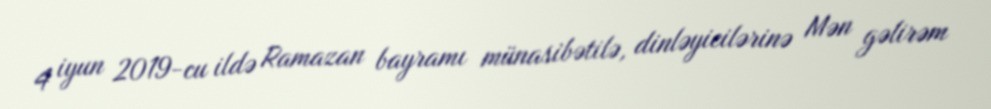
4 iyun 2019-cu ildə Ramazan bayramı münasibətilə, dinləyicilərinə Mən gəlirəm